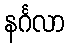
နင်္ဂလာ